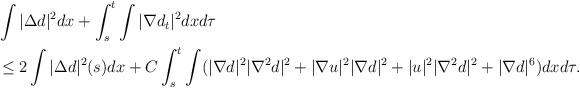
LaTeX: \begin{align*}\begin{aligned}&\int |\Delta d|^2dx+\int_s^t\int |\nabla d_t|^2dxd\tau\\&\le 2\int |\Delta d|^2(s)dx +C\int_s^t\int (|\nabla d|^2 |\nabla^2 d|^2+|\nabla u|^2 |\nabla d|^2+|u|^2 |\nabla^2 d|^2+|\nabla d|^6)dxd\tau.\end{aligned}\end{align*}